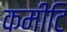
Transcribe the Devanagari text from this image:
कमीटि